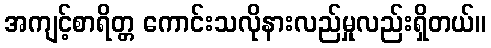
အကျင့်စာရိတ္တ ကောင်းသလိုနားလည်မှုလည်းရှိတယ်။